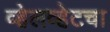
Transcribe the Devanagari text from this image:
व्हेलव्हेटचा